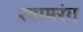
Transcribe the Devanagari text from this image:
श्यामरंग